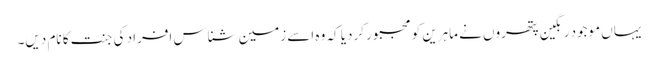
یہاں موجود رنگین پتھروں نے ماہرین کو مجبور کردیا کہ وہ اسے زمین شناس افراد کی جنت کا نام دیں۔